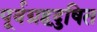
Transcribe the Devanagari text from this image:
पूर्वग्रहदुषित